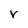
Character: V